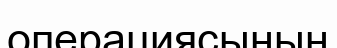
операциясының